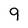
Character: 9